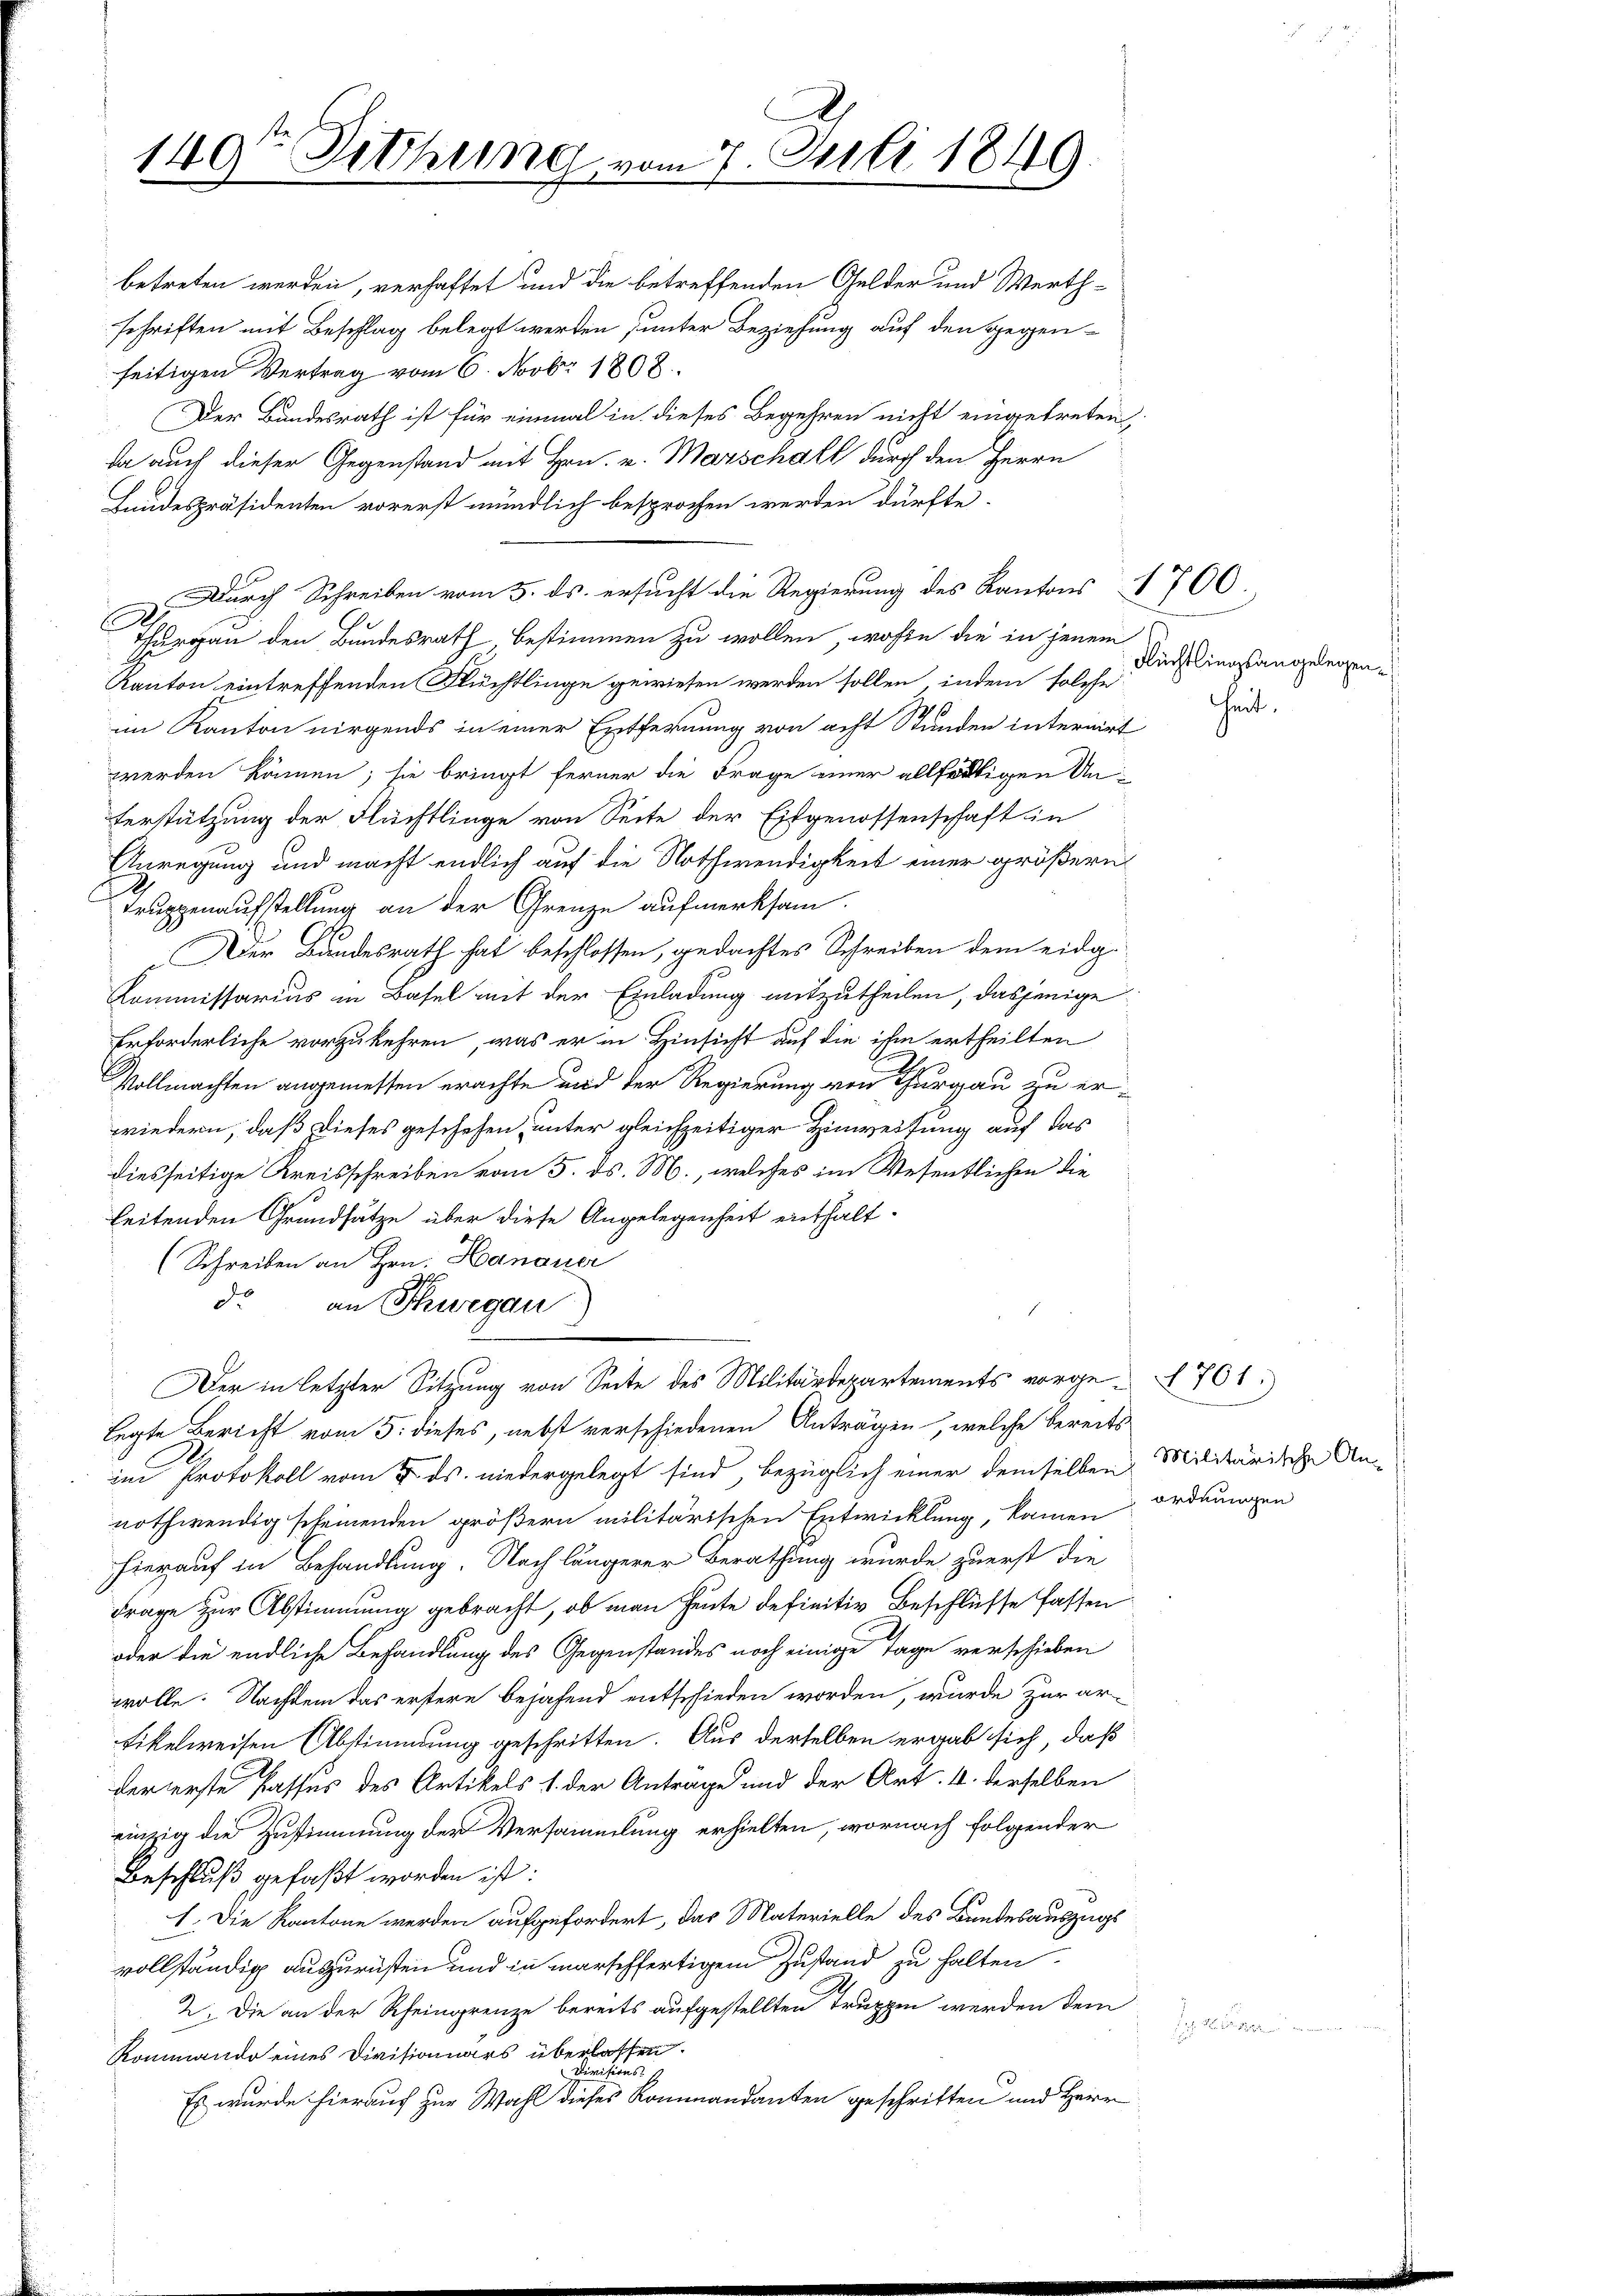
149te Sitzung vom 7. Juli 1849.

betreten werden, verhaftet und die betreffenden Gelder und Werthschriften mit Beschlag belegt werden unter Beziehung auf den gegenseitigen Vertrag vom 6. Novbr. 1808.
Der Bundesrath ist für einmal in dieses Begehren nicht eingetreten,
da auch dieser Gegenstand mit Hrn. v. Marschall durch den Herrn
Landespräsidenten vorerst mündlich besprochen werden dürfte.
Durch Schreiben vom 3. ds. ersucht die Regierung des Kantons 1700.
1
Thurgau den Bundesrath, bestimmen zu wollen, wohin die in jenem
Kanton eintreffenden Flüchtlinge gewiesen werden sollen, indem solche
im Kanton nirgends in einer Entfernung von acht Stunden internirt
werden können; sie bringt ferner die Frage einer allfältigen Unterstützung der Flüchtlinge von Seite der Eidgenossenschaft in
Anregung und macht endlich auf die Nothwendigkeit einer größern
Truppenaufstellung an der Grenze aufmerksam.
Der Bundesrath hat beschlossen, gedachtes Schreiben dem eidg.
Kommissarius in Basel mit der Einladung mitzutheilen, dasjenige
Erforderliche vorzukehren, was er in Hinsicht auf die ihm ertheilten
Vollmachten angemessen erachte und der Regierung von Thurgau zu erwiedern, daß dieses geschehen, unter gleichzeitiger Hinweisung auf das
diesseitige Kreisschreiben vom 5. ds. M., welches im Wesentlichen die
leitenden Grundsätze über diese Angelegenheit enthalt.
(Schreiben an Hrn. Hanauer
de
an Schwegau
Der in letzter Sitzung von Seite des Militärdepartements vorge- 761.
legte Bericht vom 5. dieses, nebst verschiedenen Anträgen, welche bereits
im Protokoll vom 7. ds. niedergelegt sind, bezüglich einer demselben Militärische An-
nothwendig scheinenden größern militärischen Entwicklung, kamen ordnungen
hierauf in Behandlung. Nach längerer Berathung wurde zuerst die
Frage zur Abstimmung gebracht, ob man heute definitiv Beschlüsse fassen
oder die endliche Behandlung des Gegenstandes noch einige Tage verschieben
wolle. Nachdem das erstere bejahend entschieden worden, wurde zur ar-
tikelweisen Abstimmung geschritten. Aus derselben ergab sich, daß
der erste Passus des Artikels 1. der Antrage und der Art. 4. derselben
einzig die Zustimmung der Versammlung erhielten, wornach folgender
Beschluß gefaßt worden ist:
1. Die Kantone werden aufgefordert, das Materielle des Bundesauszugs
vollständig auszurüsten und in marschfertigem Zustand zu halten.
2. Die an der Scheingrenze bereits aufgestellten Truppen werden dem
Kommando eines Divisionnars überlassen.
Divisions-
Es wurde hierauf zur Wahl dieses Kommandanten geschriften und Herr

Flüchtlingsangelegen.

heit